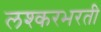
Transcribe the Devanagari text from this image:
लश्करभरती